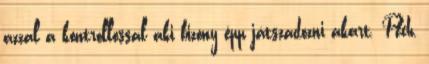
azzal a kontrollossal aki bizony épp játszadozni akart. Pech,